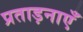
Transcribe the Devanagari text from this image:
प्रताड़नाएँ